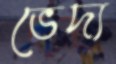
ভেদ্য